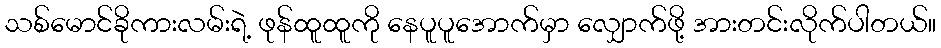
သစ်မောင်ခိုကားလမ်းရဲ့ ဖုန်ထူထူကို နေပူပူအောက်မှာ လျှောက်ဖို့ အားတင်းလိုက်ပါတယ်။